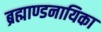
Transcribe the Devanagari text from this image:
ब्रह्माण्डनायिका